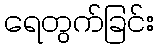
ရေတွက်ခြင်း